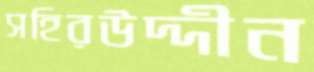
সহিরউদ্দীন